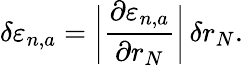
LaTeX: \delta\varepsilon_{n,a}=\bigg|\frac{\partial\varepsilon_{n,a}}{\partial r_{N}}\bigg|\, \delta r_{N}.